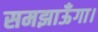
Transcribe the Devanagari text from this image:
समझाऊँगा।